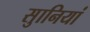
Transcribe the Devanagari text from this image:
सुानियां